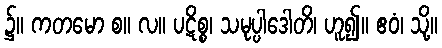
၌။ ကတမော စ။ လ။ ပဋိစ္စ၊ သမုပ္ပါဒေါတိ၊ ဟူ၍။ ဧဝံ၊ သို့။